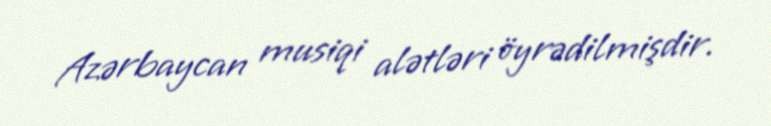
Azərbaycan musiqi alətləri öyrədilmişdir.